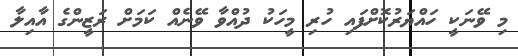
މި ވޭނަކީ ހައްޔަރުކޮށްފައިި ހުރި މީހަކު ދުއްވާ ވޭނެއް ކަމަށް ރަޒީންގެ އާއިލާ